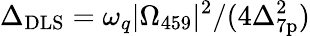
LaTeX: \Delta_{\mathrm{DLS}}=\omega_{q}|\Omega_{459}|^{2}/(4\Delta_{\mathrm{7p}}^{2})